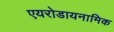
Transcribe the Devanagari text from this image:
एयरोडायनामिक